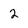
Character: 2